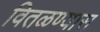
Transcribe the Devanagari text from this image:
वितळण्यास